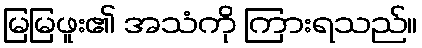
မြမြဖူး၏ အသံကို ကြားရသည်။